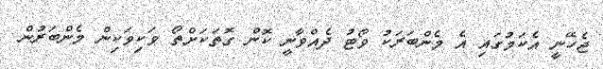
ޖެހޭނީ އެކަމުގައި އެ މެންބަރަކު ވޯޓު ދެއްވާނީ ކޮން ގޮތަކަށްތޯ ވަކިވަކިން މެންބަރުން